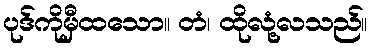
ပုဒ်ကိုမှီထသော။ တံ၊ ထိုလုံ့လသည်။